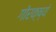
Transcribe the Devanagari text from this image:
गोरक्ष्यं